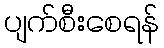
ပျက်စီးစေရန်